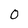
Character: O